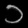
Digit: ၁